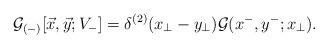
LaTeX: \begin{align*}{\cal G}_{(-)}[\vec{x},\vec{y};V_-] = \delta^{(2)}(x_{\perp}-y_{\perp}){\cal G} (x^- , y^-; x_\perp) .\end{align*}